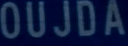
OUJDA